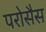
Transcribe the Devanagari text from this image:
परोसैस